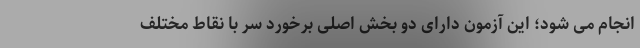
انجام می شود؛ این آزمون دارای دو بخش اصلی برخورد سر با نقاط مختلف